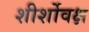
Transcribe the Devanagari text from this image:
शीर्शोवक्ष